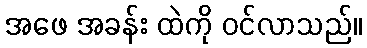
အဖေ အခန်း ထဲကို ဝင်လာသည်။